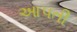
આ૫તી